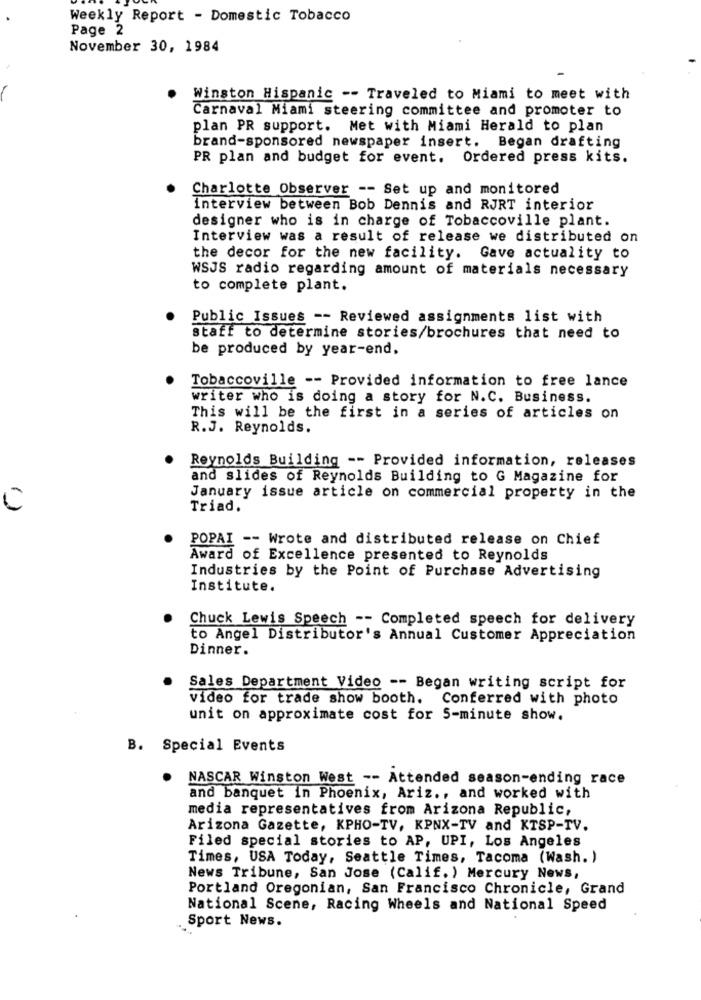
Weekly Report - Domestic Tobacco
Page 2
November 30, 1984
Winston Hispanic -- Traveled to Miami to meet with
Carnaval Miami steering committee and promoter to
plan PR support. Met with Miami Herald to plan
brand-sponsored newspaper insert. Began drafting
PR plan and budget for event. Ordered press kits.
Charlotte Observer -- Set up and monitored
interview between Bob Dennis and RJRT interior
designer who is in charge of Tobaccoville plant.
Interview was a result of release we distributed on
the decor for the new facility. Gave actuality to
WSJS radio regarding amount of materials necessary
to complete plant.
Public Issues -- Reviewed assignments list with
staff to determine stories/brochures that need to
be produced by year-end,
Tobaccoville -- Provided information to free lance
writer who is doing a story for N.C. Business.
This will be the first in a series of articles on
R.J. Reynolds.
Reynolds Building -- Provided information, releases
and slides of Reynolds Building to G Magazine for
January issue article on commercial property in the
Triad.
POPAI -- Wrote and distributed release on Chief
Award of Excellence presented to Reynolds
Industries by the Point of Purchase Advertising
Institute.
Chuck Lewis Speech -- Completed speech for delivery
to Angel Distributor's Annual Customer Appreciation
Dinner.
Sales Department Video -- Began writing script for
video for trade show booth. Conferred with photo
unit on approximate cost for S-minute show.
B. Special Events
.
NASCAR Winston West -- Attended season-ending race
and banquet in Phoenix, Ariz ., and worked with
media representatives from Arizona Republic,
Arizona Gazette, KPHO-TV, KPNX-TV and KTSP-TV.
Filed special stories to AP, UPI, Los Angeles
Times, USA Today, Seattle Times, Tacoma (Wash. )
News Tribune, San Jose (Calif. ) Mercury News,
Portland Oregonian, San Francisco Chronicle, Grand
National Scene, Racing Wheels and National Speed
Sport News.